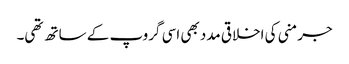
جرمنی کی اخلاقی مدد بھی اسی گروپ کے ساتھ تھی۔